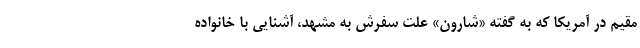
مقیم در آمریکا که به گفته «شارون» علت سفرش به مشهد، آشنایی با خانواده